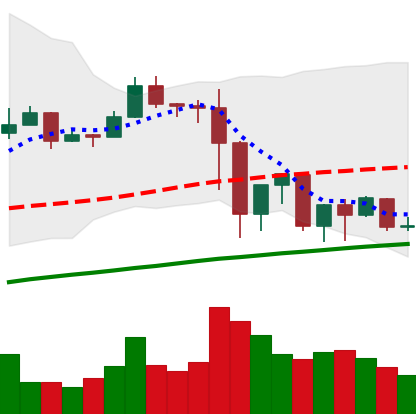
Ticker: EOS-USD
Chart end date: 2019-07-05
Forward return: -8.143%
Label: down_7plus